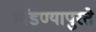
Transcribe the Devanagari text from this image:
मांडण्यापुरते